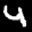
Label: 4